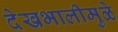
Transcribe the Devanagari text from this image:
देखभालीमुळे